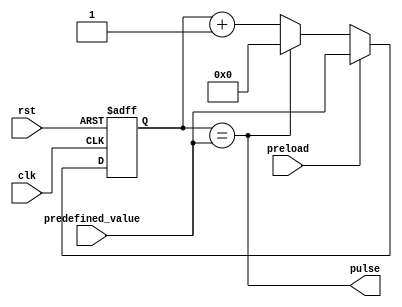
module Timing_control_block (
    input        clk,
    input        rst,
    input        preload,
    input  [7:0] predefined_value,
    output       pulse
);

reg [7:0] counter;

always @(posedge clk or posedge rst) begin
    if (rst) begin
        counter <= 8'b0;
    end else begin
        if (preload) begin
            counter <= predefined_value;
        end else begin
            if (counter == predefined_value) begin
                counter <= 8'b0;
            end else begin
                counter <= counter + 1;
            end
        end
    end
end

assign pulse = (counter == predefined_value);

endmodule